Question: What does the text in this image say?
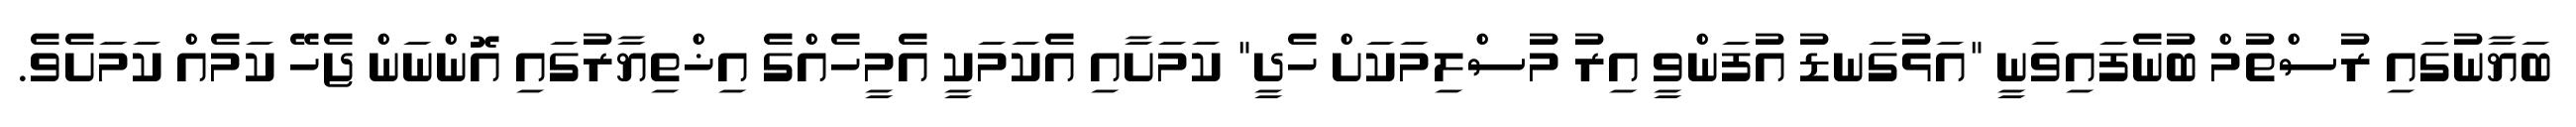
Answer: ބަޔާނުގައި ރުސްތުމް ބުނެފައިވަނީ "އަޅުގަނޑު އުފަންވީ އިރު މުސްލިމަކަށް ހެދީ" ކަމަށާއި އެކަމަކީ އެމީހެއްގެ އިޚްތިޔާރުގައި އޮންނަން ޖެހޭ ކަމެއް ކަމަށެވެ.